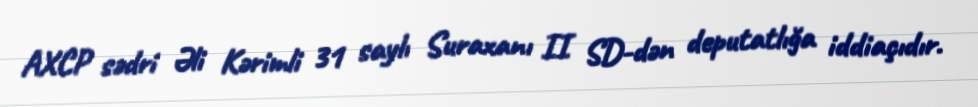
AXCP sədri Əli Kərimli 31 saylı Suraxanı II SD-dən deputatlığa iddiaçıdır.